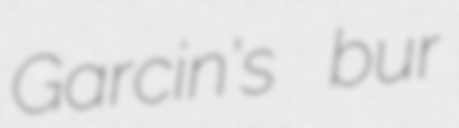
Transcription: Garcin's bur